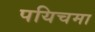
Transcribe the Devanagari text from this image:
पयिचमा